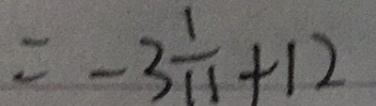
= - 3 \frac { 1 } { 1 1 } + 1 2